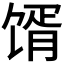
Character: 𩠋